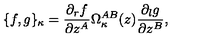
\{ f , g \} _ { \kappa } = \frac { \partial _ { r } f } { \partial z ^ { A } } \Omega _ { \kappa } ^ { A B } ( z ) \frac { \partial _ { l } g } { \partial z ^ { B } } ,